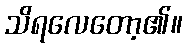
သိရလေတော့၏။